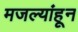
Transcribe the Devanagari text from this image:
मजल्यांहून